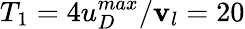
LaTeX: T_{1}=4u_{D}^{max}/\mathbf{v}_{l}=20